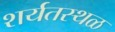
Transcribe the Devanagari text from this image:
शर्यतस्थळ